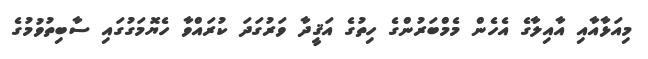
މިއަޅާއާއި އާއިލާގެ އެހެން މެމްބަރުންގެ ހިތުގެ އަޤީދާ ވަރުގަދަ ކުރައްވާ ހެޔޮމަގުގައި ސާބިތުވުމުގެ